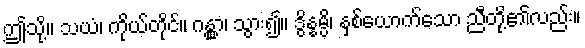
ဤသို့။ သယံ၊ ကိုယ်တိုင်။ ဂန္တွာ၊ သွား၍။ ဒွိန္နမ္ပိ၊ နှစ်ယောက်သော ညီတို့၏လည်း။